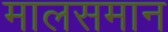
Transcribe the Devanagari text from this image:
मालसमान